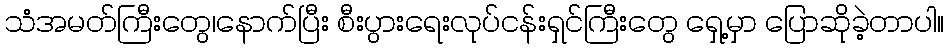
သံအမတ်ကြီးတွေ၊နောက်ပြီး စီးပွားရေးလုပ်ငန်းရှင်ကြီးတွေ ရှေ့မှာ ပြောဆိုခဲ့တာပါ။